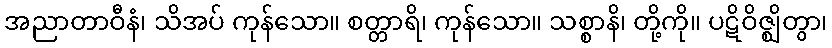
အညာတာဝီနံ၊ သိအပ် ကုန်သော။ စတ္တာရိ၊ ကုန်သော။ သစ္စာနိ၊ တို့ကို။ ပဋိဝိဇ္ဈိတွာ၊